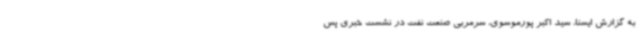
به گزارش ایسنا، سید اکبر پورموسوی، سرمربی صنعت نفت در نشست خبری پس